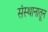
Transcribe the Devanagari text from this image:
संस्थानातून